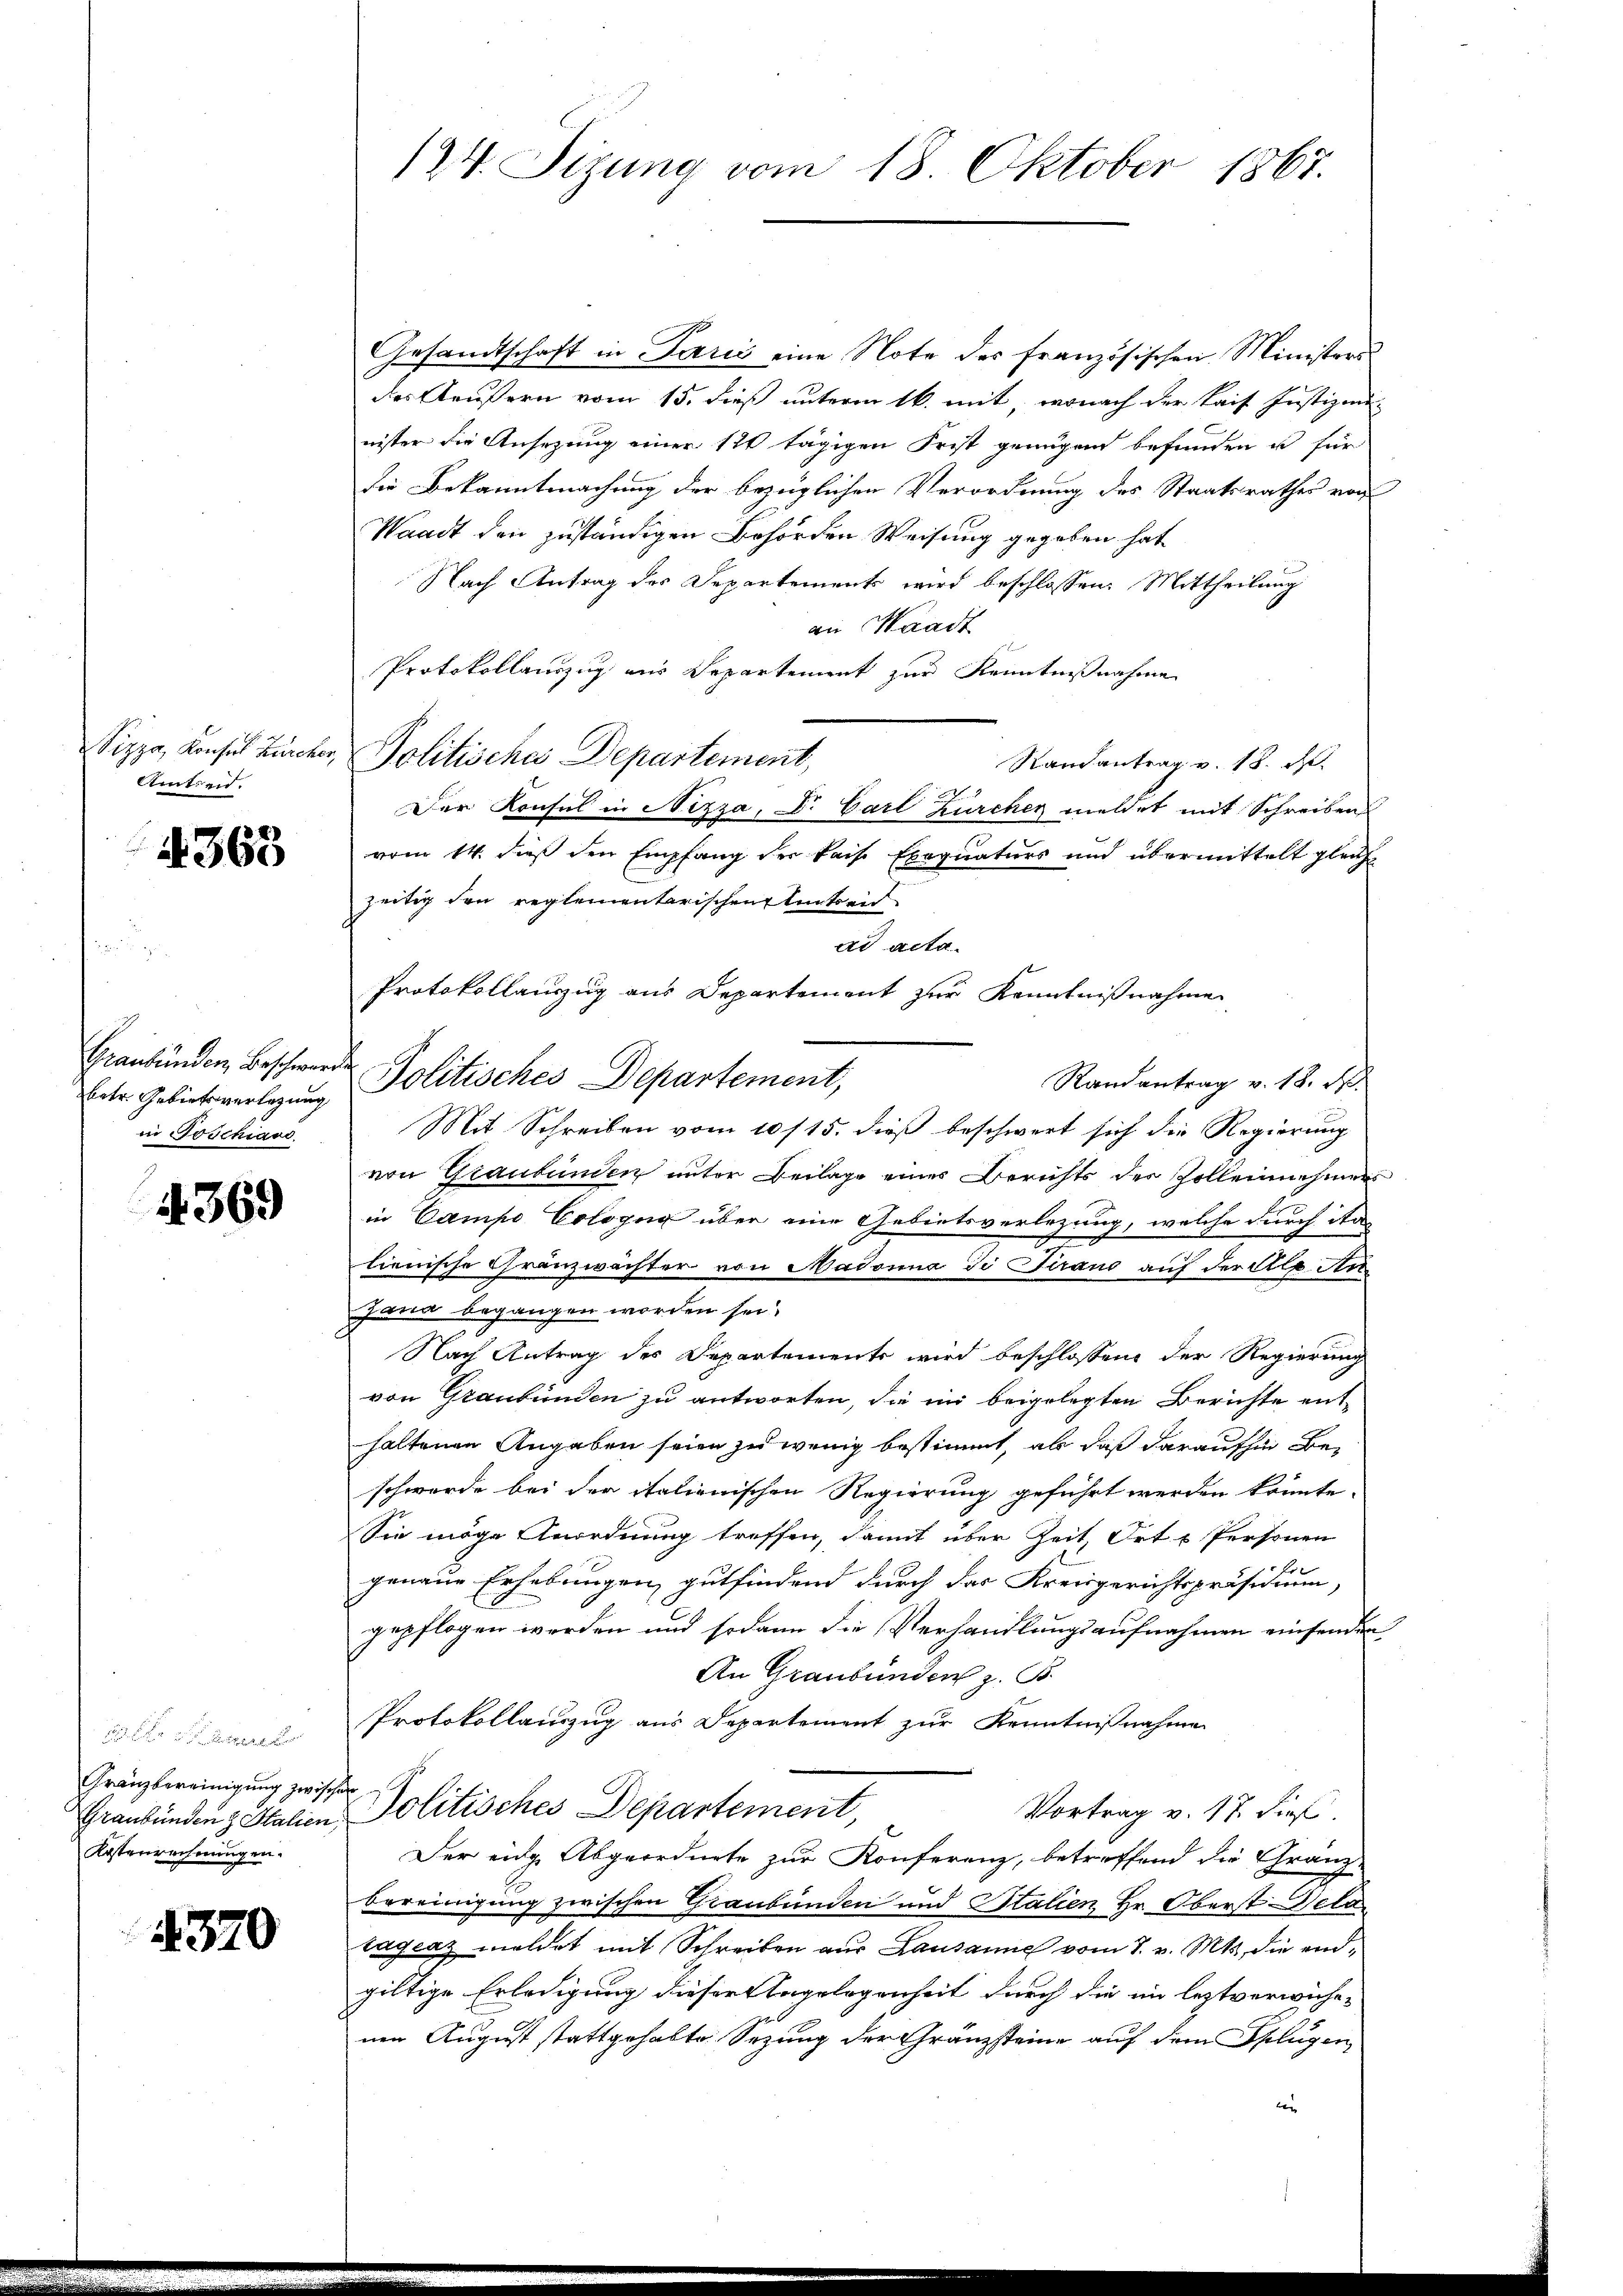
Amtreid.
u

363

betr. Gebietsverlegung
in Joschiavo

4369

Gränzbereinigung zwischen
Kostenrechnungen.

4320

124. Sizung vom 18. Oktober 1867.

Gesandtschaft in Paris eine Note des französischen Ministers
des Aeußern vom 15. dieß unterm 16. mit, wonach der Kais Justizminister die Ansezung einer 10 tägigen Frist genügend befunden u für
die Bekanntmachung der bezüglichen Verordnung des Staatsrathes von
Waadt den zuständigen Behörden Weisung gegeben hat
Nach Antrag des Departements wird beschlossen: Mittheilung
an Waadt
Protokollanzug aus Departement zur Kenntnißnahme
Nizza, Consul Burcker, Politisches Departement,
Randantrag v. 18. d.
Der Konsul in Nizza, Dr. Carl Zürcher meldet mit Schreiben
vom 14. dieß den Empfang der Kaise Exequaturs und übermittelt gleich
zeitig den reglementarischen Eintren
ad acta
Protokollauszug aus Departement zur Kenntnißnahme
Graubünden Beschwerde Politisches Departement,
Randantrag v. 18. d.
Mit Schreiben vom 10/15. dieß beschwert sich die Regierung
von Graubünden unter Beilage eines Berichts der sollennehmers
in Campo Cologug über eine Gebietsverlegung, welche durch ita
lienische Gränzwächter von Madonna di Firano auf der Al. Ar
Jana begangen worden sei.
Nach Antrag des Departements wird beschlossene der Regierung
von Graubünden zu antworten, die in beigelegten Berichte enthaltenen Angaben seien zu wenig bestimmt, als daß daraufhin Beschwerde bei der italienischen Regierung geführt werden könnte.
Sie möge Anordnung treffen, damit über Zeit, Ort u Personen
Es
genaue Erhebungen gutfindend durch das Kreisgerichtspräsidium,
gepflogen werden und sodann die Verhandlungsaufnahmen einsenden
An Graubünden z. B.
Protokollauszug aus Departement zur Kenntnißnahmen
Vortrag v. 17 dieß.
Graubündenz Italien Politisches Departement,
Der eidg Abgeordnete zur Konferenz, betreffend die Granz.
bereinigung zwischen Graubünden und Stalien Hr. Oberst Gela
cageaz meldet mit Schreiben aus Lausanne vom 8. v. Mts., die endgiltige Erledigung dieser Angelegenheit durch die im leztverwichenen August stattgehabte Sezung der Gränzsteine auf dem Pflugen
be